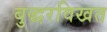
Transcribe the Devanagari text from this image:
बुद्धरविखत